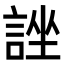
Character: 𧨀